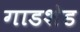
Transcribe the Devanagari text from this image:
गाडशेड